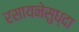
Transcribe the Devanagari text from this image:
रसायनेसुध्दा